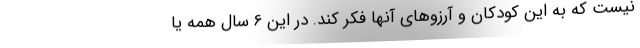
نیست که به این کودکان و آرزوهای آنها فکر کند. در این 6 سال همه یا